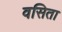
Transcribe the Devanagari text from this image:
वसिता